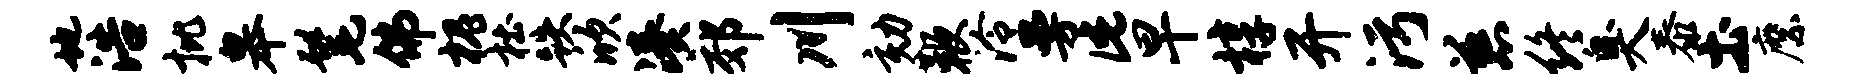
地浩批皋髦佛槐杜跌欣凑郊川劾鞭泠曼此早椁开污慈终臭泰土縻